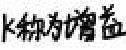
K称为增益